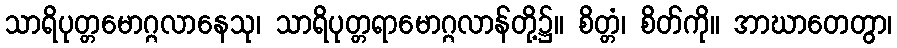
သာရိပုတ္တမောဂ္ဂလာနေသု၊ သာရိပုတ္တရာမောဂ္ဂလာန်တို့၌။ စိတ္တံ၊ စိတ်ကို။ အာဃာတေတွာ၊